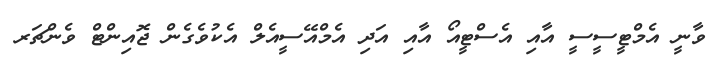
ވާނީ އެމްޓީސީސީ އާއި އެސްޓީއޯ އާއި އަދި އެމްއޭސީއެލް އެކުވެގެން ޖޮއިންޓް ވެންޗަރ